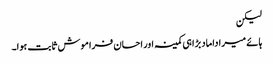
لیکن
ہائے میرا داماد بڑا ہی کمینہ اور احسان فراموش ثابت ہوا۔